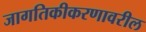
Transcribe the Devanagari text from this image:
जागतिकीकरणावरील